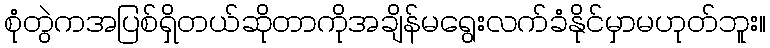
စုံတွဲကအပြစ်ရှိတယ်ဆိုတာကိုအချိန်မရွေးလက်ခံနိုင်မှာမဟုတ်ဘူး။